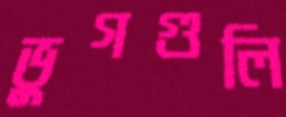
ভুগগুলি